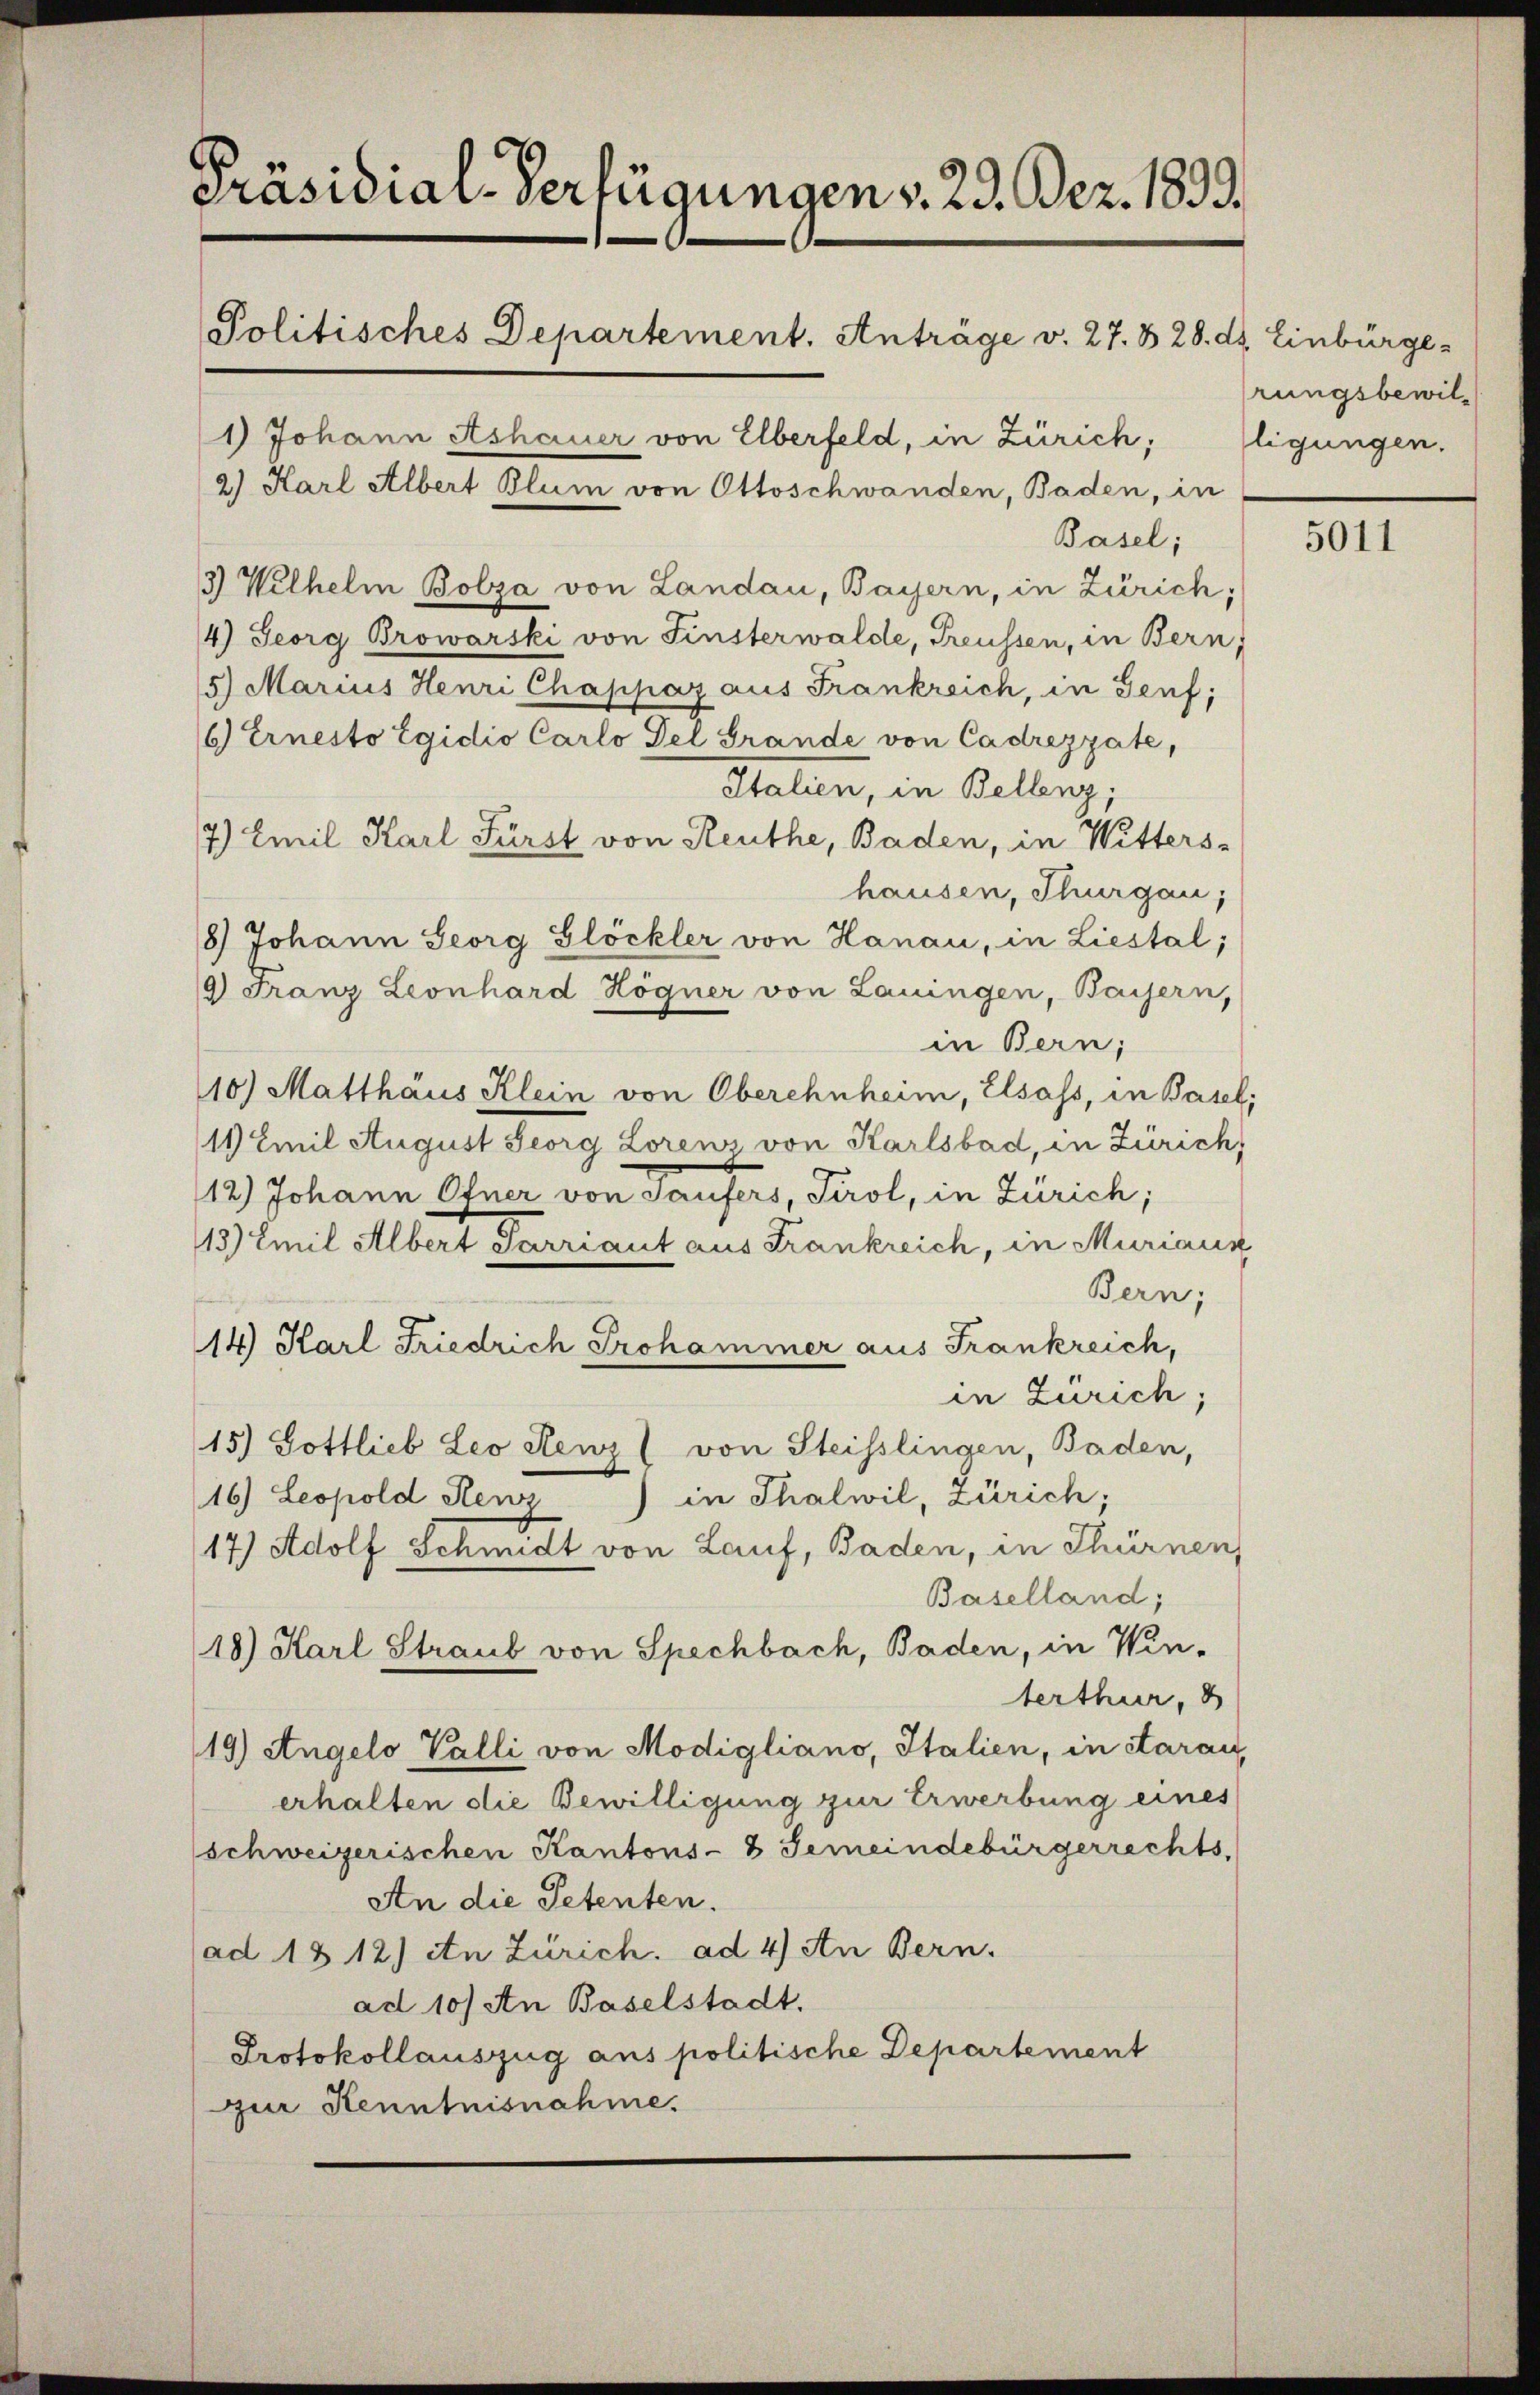
Präsidial-Verfügungen v. 29. Dez. 1833.
Politisches Departement. Anträge v. 27. 828. ds. Einbürge
1) Johann Ashauer von Elberfeld, in Zürich; ligungen.
2) Karl Albert Blum von Ottoschwanden, Baden, in

Basel;
3) Wilhelm Bolza von Landau, Bayern, in Zürich;
4) Georg Browarski von Finsterwalde, Treussen, in Bern;
5) Marius Henri Chappaz aus Frankreich, in Genf;
6) Ernesto Egidio Carlo del Grande von Cadrezzate,
Italien, in Bellenz,
7) Emil Karl Fürst von Reuthe, Baden, in Witters-
hausen, Thurgau;
18.) Johann Seorg Glöckler von Hanau, in Liestal;
9) Franz Leonhard Högner von Lauingen, Baisern,
in Bern;
10) Matthaus Klein von Oberchnheim, Elsass, in Basel,
11 Emil August Georg Loren von Karlsbad, in Zürich,
12.) Johann Ofner von Taufers, Tirol, in Zürich;
13) Emil Albert Sarriant aus Frankreich, in Muriaux
Bern;
14) Karl Friedrich Prohammer aus Frankreich,
in Zürich;
15.) Gottlieb Leo Menz ( von Steisslingen, Baden,
in Thalwil, Zürich;
16) Leopold Renz
17) Adolf Schmidt von Lauf, Baden, in Thürnen,
Baselland;
18.) Harl Straub von Spechbach, Baden, in Win-
terthur,
19) Angelo Valli von Modigliano, Italien, in darau
erhalten die Bewilligung zur Erwerbung eines
schweizerischen Kantons- & Gemeindebürgerrechts,
An die Petenten.
ad 18 12) An Zürich. ad 4) An Bern.
ad 10) An Baselstadt.
Protokollauszug aus politische Departement
zur Kenntnisnahme.

rungsbewil¬

5011